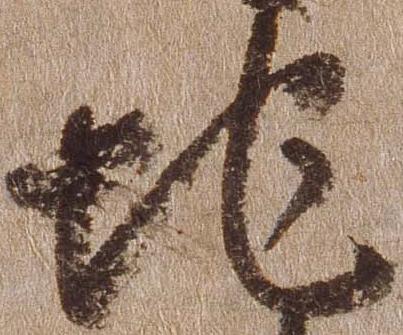
地